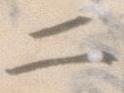
二